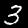
Digit: 3